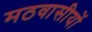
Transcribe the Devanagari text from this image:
मठवासीयों